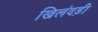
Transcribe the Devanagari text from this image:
खिलंदड़ी